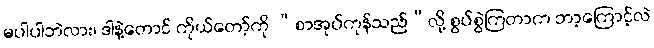
မပါပါဘဲလား၊ ဒါနဲ့တောင် ကိုယ်တော့်ကို “စာအုပ်ကုန်သည်”လို့ စွပ်စွဲကြတာက ဘာ့ကြောင့်လဲ